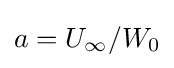
a=U_{\infty }/W_{0}